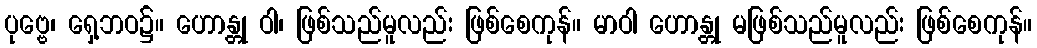
ပုဗ္ဗေ၊ ရှေ့ဘဝ၌။ ဟောန္တု ဝါ၊ ဖြစ်သည်မူလည်း ဖြစ်စေကုန်။ မာဝါ ဟောန္တု မဖြစ်သည်မူလည်း ဖြစ်စေကုန်။